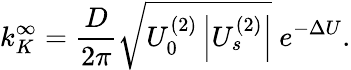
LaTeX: k_{K}^{\infty}=\frac{D}{2\pi}\sqrt{U_{0}^{(2)}\left|U_{s}^{(2)}\right|}\ e^{-\Delta U}.